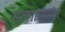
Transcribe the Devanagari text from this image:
सल्लागारांवर